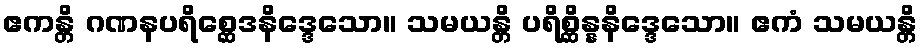
ဧကန္တိ ဂဏနပရိစ္ဆေဒနိဒ္ဒေသော။ သမယန္တိ ပရိစ္ဆိန္နနိဒ္ဒေသော။ ဧကံ သမယန္တိ